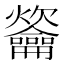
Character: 䶴